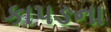
કાપઙના